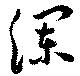
瀾